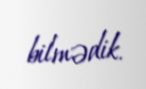
bilmədik.